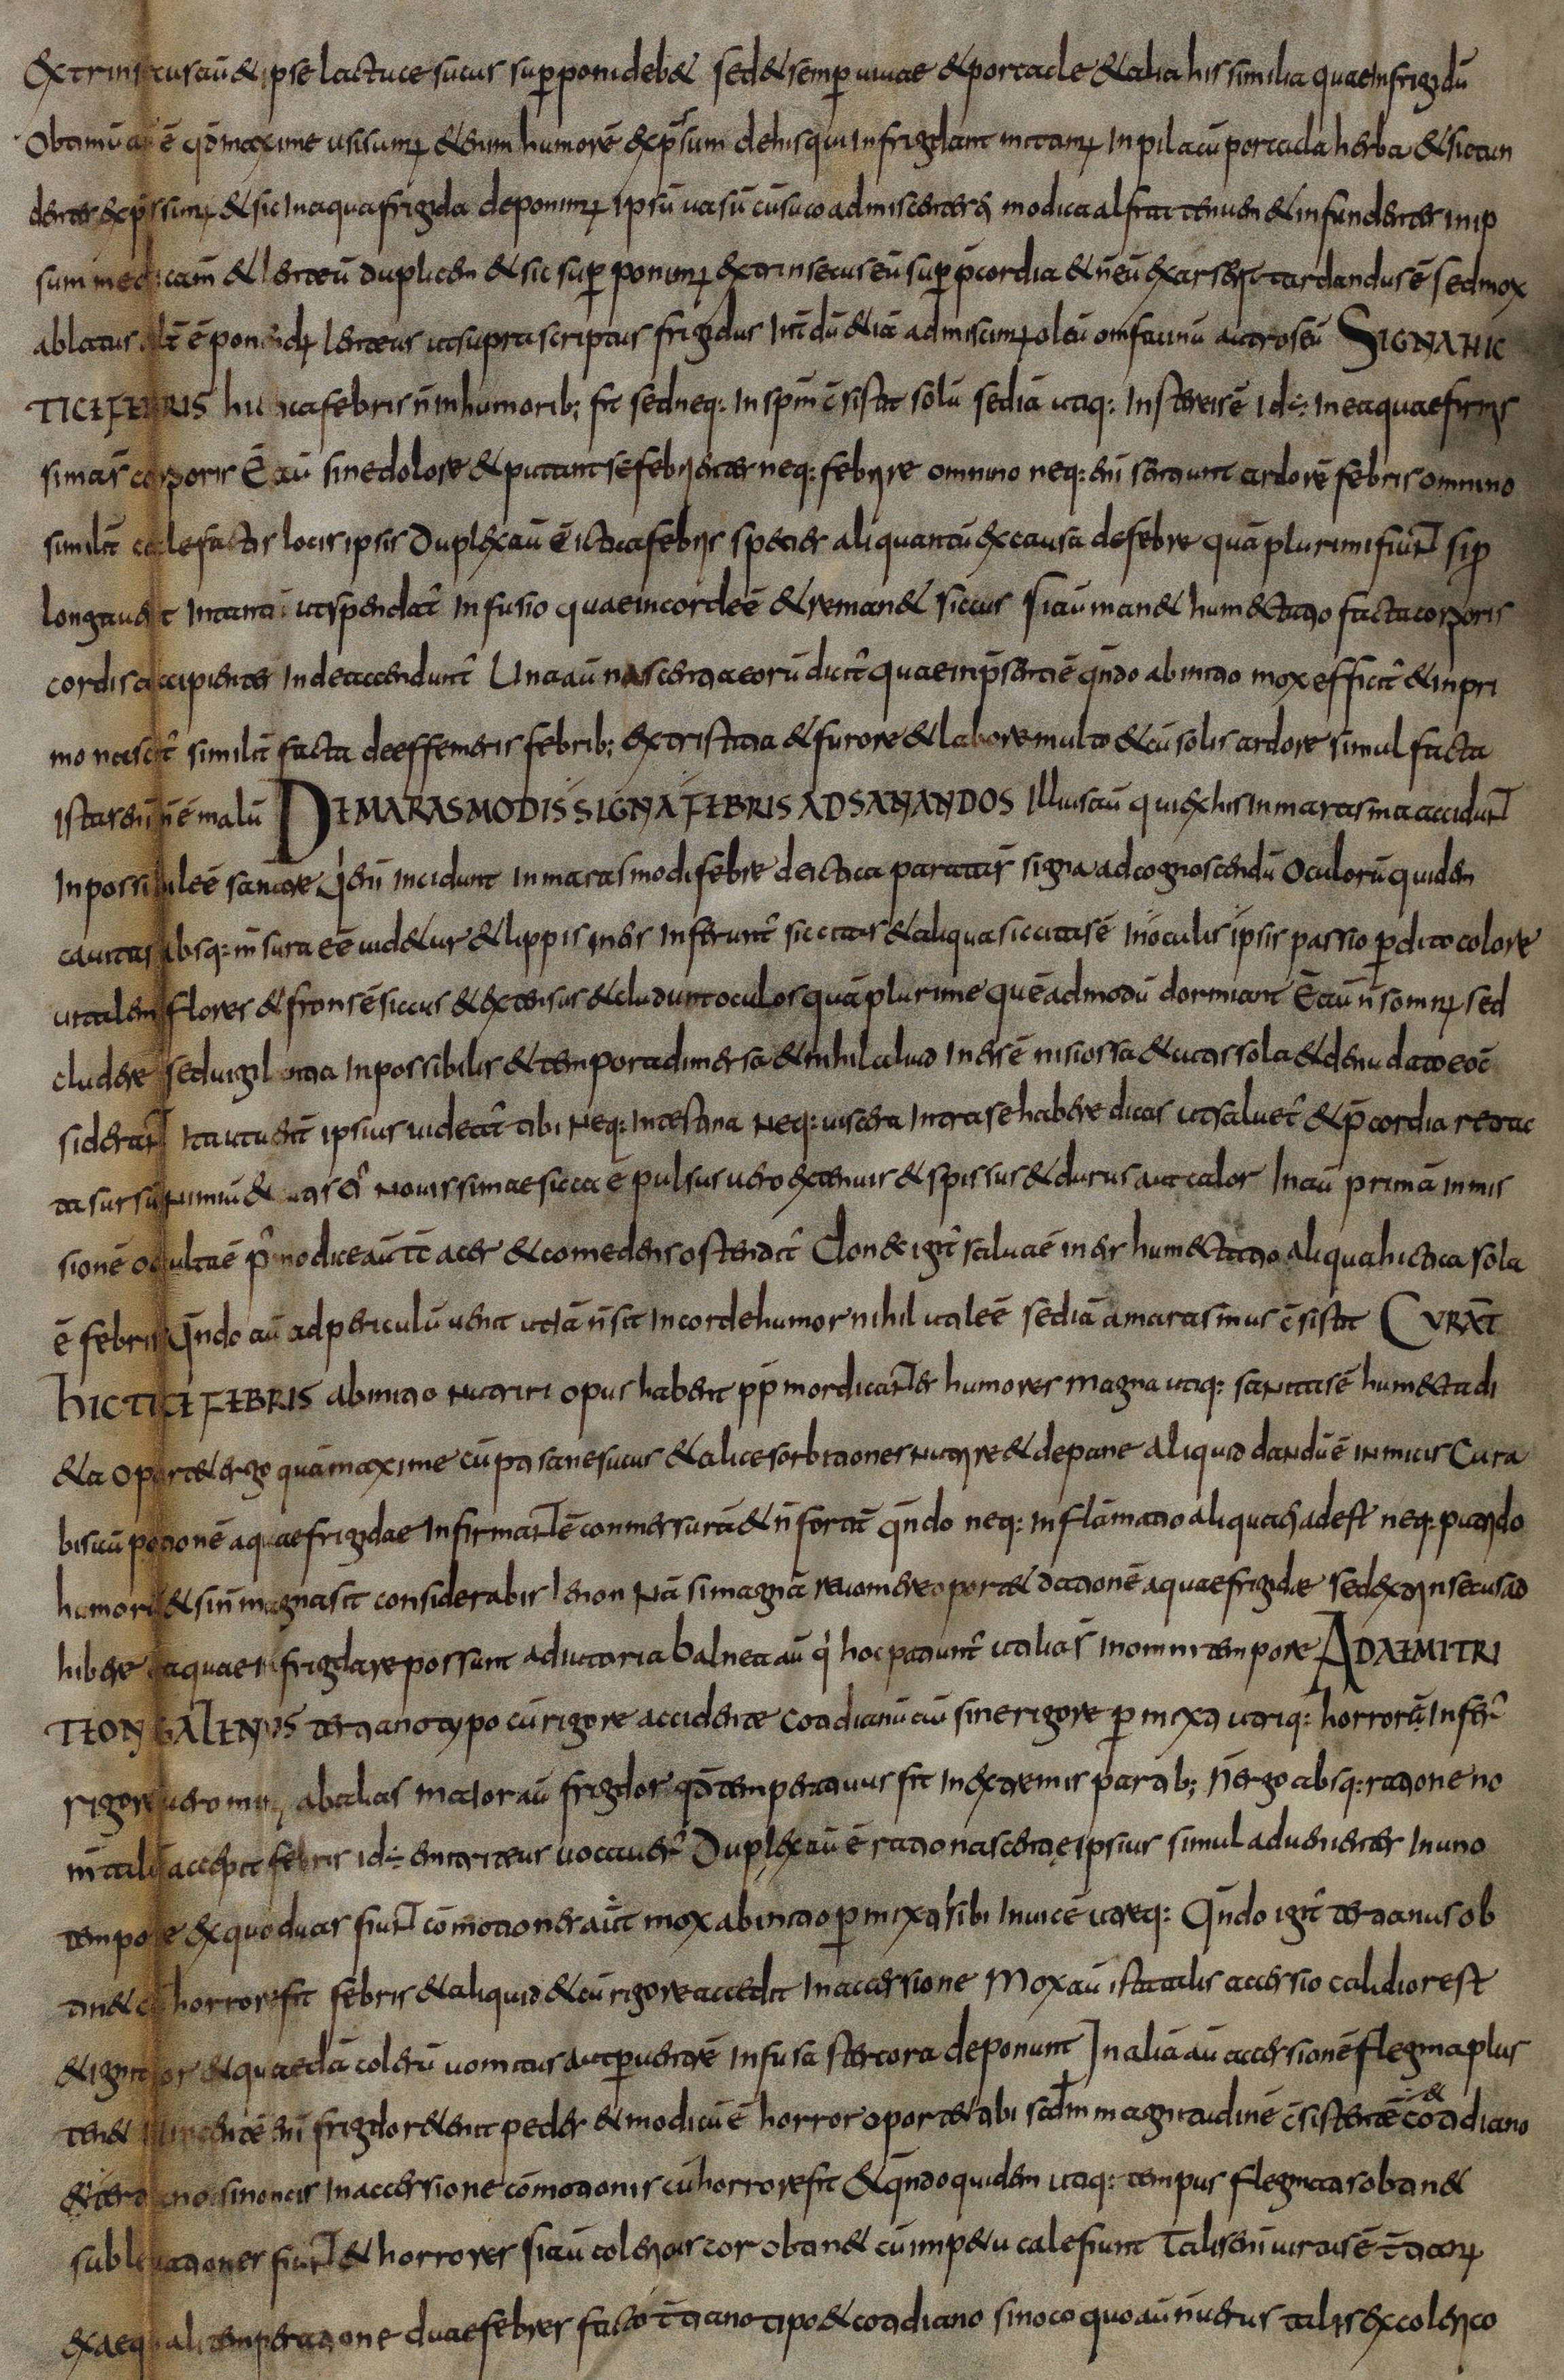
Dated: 800–830